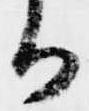
る